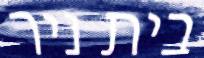
בית ניר